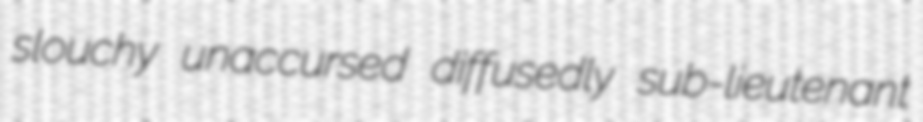
slouchy unaccursed diffusedly sub-lieutenant